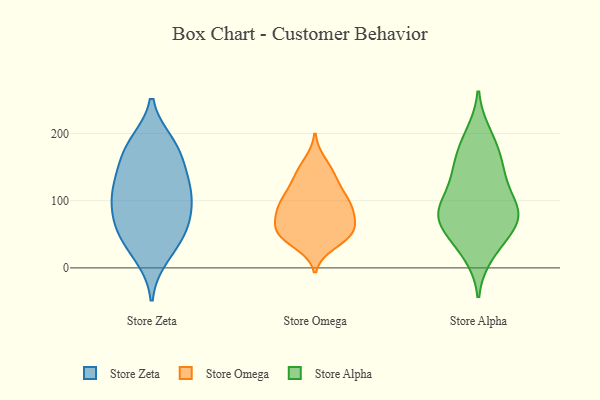
{"axis": {"x": "LTV (USD)", "y": "Value"}, "legend": ["Store Alpha", "Store Omega", "Store Zeta"], "data": [{"x": "", "y": 127, "type": "Store Zeta"}, {"x": "", "y": 61, "type": "Store Zeta"}, {"x": "", "y": 104, "type": "Store Zeta"}, {"x": "", "y": 18, "type": "Store Zeta"}, {"x": "", "y": 128, "type": "Store Zeta"}, {"x": "", "y": 33, "type": "Store Zeta"}, {"x": "", "y": 158, "type": "Store Zeta"}, {"x": "", "y": 54, "type": "Store Zeta"}, {"x": "", "y": 185, "type": "Store Zeta"}, {"x": "", "y": 175, "type": "Store Zeta"}, {"x": "", "y": 78, "type": "Store Zeta"}, {"x": "", "y": 107, "type": "Store Zeta"}, {"x": "", "y": 110, "type": "Store Zeta"}, {"x": "", "y": 181, "type": "Store Zeta"}, {"x": "", "y": 64, "type": "Store Zeta"}, {"x": "", "y": 45, "type": "Store Omega"}, {"x": "", "y": 145, "type": "Store Omega"}, {"x": "", "y": 118, "type": "Store Omega"}, {"x": "", "y": 96, "type": "Store Omega"}, {"x": "", "y": 122, "type": "Store Omega"}, {"x": "", "y": 92, "type": "Store Omega"}, {"x": "", "y": 47, "type": "Store Omega"}, {"x": "", "y": 55, "type": "Store Omega"}, {"x": "", "y": 100, "type": "Store Omega"}, {"x": "", "y": 64, "type": "Store Omega"}, {"x": "", "y": 61, "type": "Store Omega"}, {"x": "", "y": 85, "type": "Store Omega"}, {"x": "", "y": 136, "type": "Store Omega"}, {"x": "", "y": 86, "type": "Store Omega"}, {"x": "", "y": 90, "type": "Store Omega"}, {"x": "", "y": 56, "type": "Store Omega"}, {"x": "", "y": 50, "type": "Store Omega"}, {"x": "", "y": 157, "type": "Store Omega"}, {"x": "", "y": 36, "type": "Store Omega"}, {"x": "", "y": 82, "type": "Store Alpha"}, {"x": "", "y": 20, "type": "Store Alpha"}, {"x": "", "y": 84, "type": "Store Alpha"}, {"x": "", "y": 163, "type": "Store Alpha"}, {"x": "", "y": 84, "type": "Store Alpha"}, {"x": "", "y": 147, "type": "Store Alpha"}, {"x": "", "y": 70, "type": "Store Alpha"}, {"x": "", "y": 188, "type": "Store Alpha"}, {"x": "", "y": 199, "type": "Store Alpha"}, {"x": "", "y": 152, "type": "Store Alpha"}, {"x": "", "y": 65, "type": "Store Alpha"}, {"x": "", "y": 120, "type": "Store Alpha"}, {"x": "", "y": 123, "type": "Store Alpha"}, {"x": "", "y": 50, "type": "Store Alpha"}, {"x": "", "y": 31, "type": "Store Alpha"}, {"x": "", "y": 83, "type": "Store Alpha"}, {"x": "", "y": 81, "type": "Store Alpha"}]}